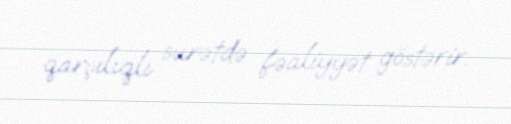
qarşılıqlı surətdə fəaliyyət göstərir.